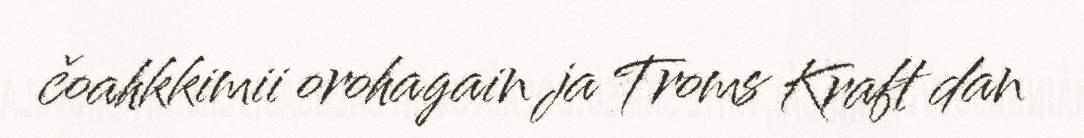
čoahkkimii orohagain ja Troms Kraft dan